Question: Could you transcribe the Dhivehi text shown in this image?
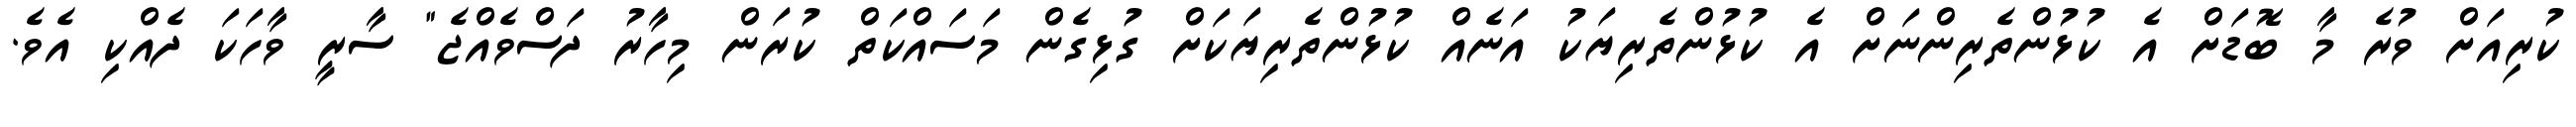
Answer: ކުރިއަށް ވުރެ މާ ބޮޑަށް އެ ކުޅުންތެރިންނަށް އެ ކުޅުންތެރިޔަކު އަނެއް ކުޅުންތެރިޔަކަށް ގުޅިގެން މަސައްކަތް ކުރަން މިހާރު ދަސްވެއްޖެ" ސާރީ ވާހަކަ ދެއްކި އެވެ.